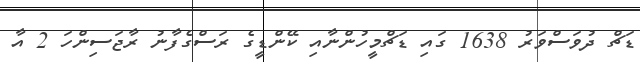
ޑަޗް ދުވަސްވަރު 1638 ގައި ޑަޗްމީހުންނާއި ކޭންޑީގެ ރަސްގެފާނު ރާޖަސިންހަ 2 އާ